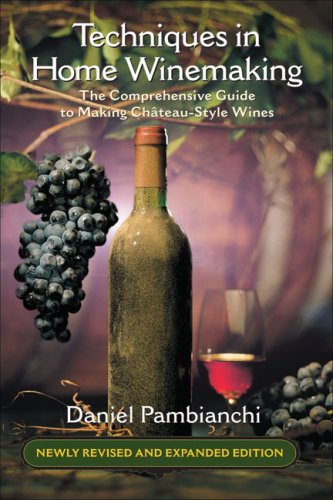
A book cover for Techniques in Home Winemaking: The Comprehensive Guide to Making ChÃ¢teau-Style Wines; Daniel Pambianchi; Cookbooks, Food & Wine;